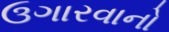
ઉગારવાનો